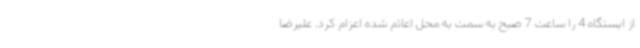
از ایستگاه 4 را ساعت 7 صبح به سمت به محل اعلام شده اعزام کرد. علیرضا